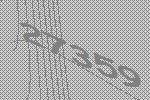
27359